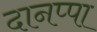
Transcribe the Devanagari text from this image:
दानप्पा